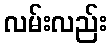
လမ်းလည်း